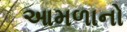
આમળાનો